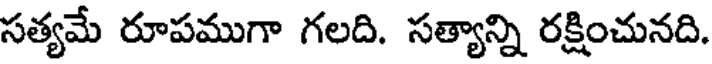
సత్యమే రూపముగా గలది. సత్యాన్ని రక్షించునది.